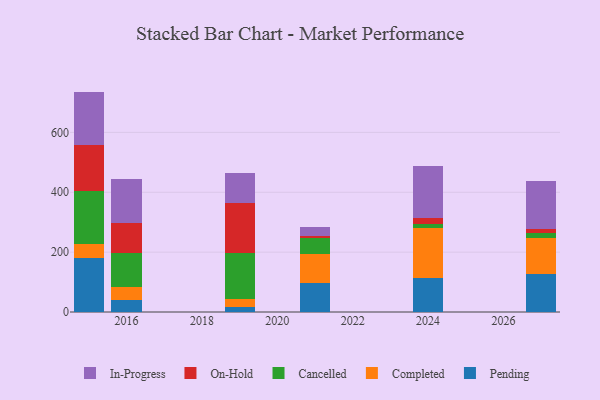
{"axis": {"x": "Year", "y": "Temperature (°C)"}, "legend": ["Cancelled", "Completed", "In-Progress", "On-Hold", "Pending"], "data": [{"x": "2027", "y": 127.4, "type": "Pending"}, {"x": "2027", "y": 120.1, "type": "Completed"}, {"x": "2027", "y": 18.0, "type": "Cancelled"}, {"x": "2027", "y": 11.9, "type": "On-Hold"}, {"x": "2027", "y": 159.3, "type": "In-Progress"}, {"x": "2024", "y": 112.1, "type": "Pending"}, {"x": "2024", "y": 170.2, "type": "Completed"}, {"x": "2024", "y": 11.2, "type": "Cancelled"}, {"x": "2024", "y": 21.0, "type": "On-Hold"}, {"x": "2024", "y": 172.8, "type": "In-Progress"}, {"x": "2019", "y": 18.2, "type": "Pending"}, {"x": "2019", "y": 25.7, "type": "Completed"}, {"x": "2019", "y": 152.3, "type": "Cancelled"}, {"x": "2019", "y": 167.8, "type": "On-Hold"}, {"x": "2019", "y": 100.2, "type": "In-Progress"}, {"x": "2015", "y": 179.7, "type": "Pending"}, {"x": "2015", "y": 46.8, "type": "Completed"}, {"x": "2015", "y": 178.8, "type": "Cancelled"}, {"x": "2015", "y": 153.4, "type": "On-Hold"}, {"x": "2015", "y": 177.7, "type": "In-Progress"}, {"x": "2021", "y": 98.0, "type": "Pending"}, {"x": "2021", "y": 94.9, "type": "Completed"}, {"x": "2021", "y": 55.3, "type": "Cancelled"}, {"x": "2021", "y": 5.2, "type": "On-Hold"}, {"x": "2021", "y": 31.8, "type": "In-Progress"}, {"x": "2016", "y": 39.7, "type": "Pending"}, {"x": "2016", "y": 44.9, "type": "Completed"}, {"x": "2016", "y": 112.5, "type": "Cancelled"}, {"x": "2016", "y": 101.0, "type": "On-Hold"}, {"x": "2016", "y": 146.9, "type": "In-Progress"}]}